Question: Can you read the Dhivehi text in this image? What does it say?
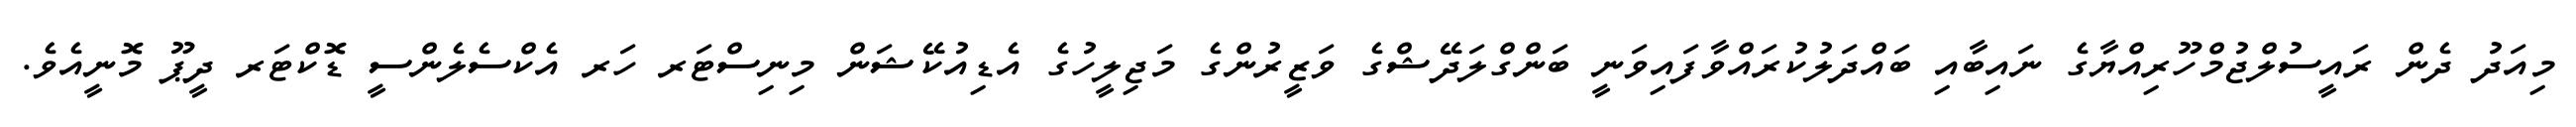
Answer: މިއަދު ދެން ރައީސުލްޖުމްހޫރިއްޔާގެ ނައިބާއި ބައްދަލުކުރައްވާފައިވަނީ ބަންގްލަދޭޝްގެ ވަޒީރުންގެ މަޖިލީހުގެ އެޑިއުކޭޝަން މިނިސްޓަރ ހަރ އެކްސެލެންސީ ޑޮކްޓަރ ދީޕޫ މޮނީއެވެ.